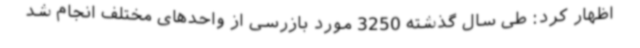
اظهار کرد: طی سال گذشته 3250 مورد بازرسی از واحدهای مختلف انجام شد